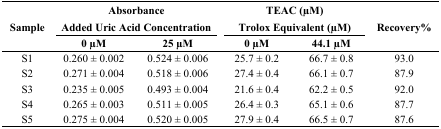
<table><thead><tr><td rowspan="3"><b>Sample</b></td><td colspan="2"><b>Absorbance</b></td><td colspan="2"><b>TEAC (μM)</b></td><td rowspan="3"><b>Recovery%</b></td></tr><tr><td colspan="2"><b>Added Uric Acid Concentration</b></td><td colspan="2"><b>Trolox Equivalent (μM)</b></td></tr><tr><td><b>0 μM</b></td><td><b>25 μM</b></td><td><b>0 μM</b></td><td><b>44.1 μM</b></td></tr></thead><tbody><tr><td>S1</td><td>0.260 ± 0.002</td><td>0.524 ± 0.006</td><td>25.7 ± 0.2</td><td>66.7 ± 0.8</td><td>93.0</td></tr><tr><td>S2</td><td>0.271 ± 0.004</td><td>0.518 ± 0.006</td><td>27.4 ± 0.4</td><td>66.1 ± 0.7</td><td>87.9</td></tr><tr><td>S3</td><td>0.235 ± 0.005</td><td>0.493 ± 0.004</td><td>21.6 ± 0.4</td><td>62.2 ± 0.5</td><td>92.0</td></tr><tr><td>S4</td><td>0.265 ± 0.003</td><td>0.511 ± 0.005</td><td>26.4 ± 0.3</td><td>65.1 ± 0.6</td><td>87.7</td></tr><tr><td>S5</td><td>0.275 ± 0.004</td><td>0.520 ± 0.005</td><td>27.9 ± 0.4</td><td>66.5 ± 0.7</td><td>87.6</td></tr></tbody></table>